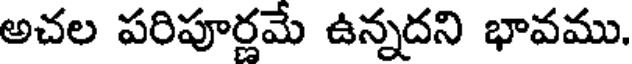
అచల పరిపూర్ణమే ఉన్నదని భావము.